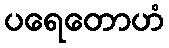
ပရေတောဟံ